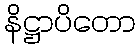
နိဋ္ဌာပိတော